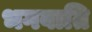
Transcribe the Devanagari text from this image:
भगवाति